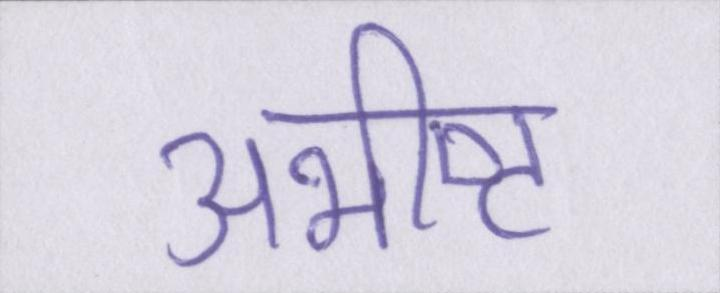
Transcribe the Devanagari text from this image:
अभीष्ट